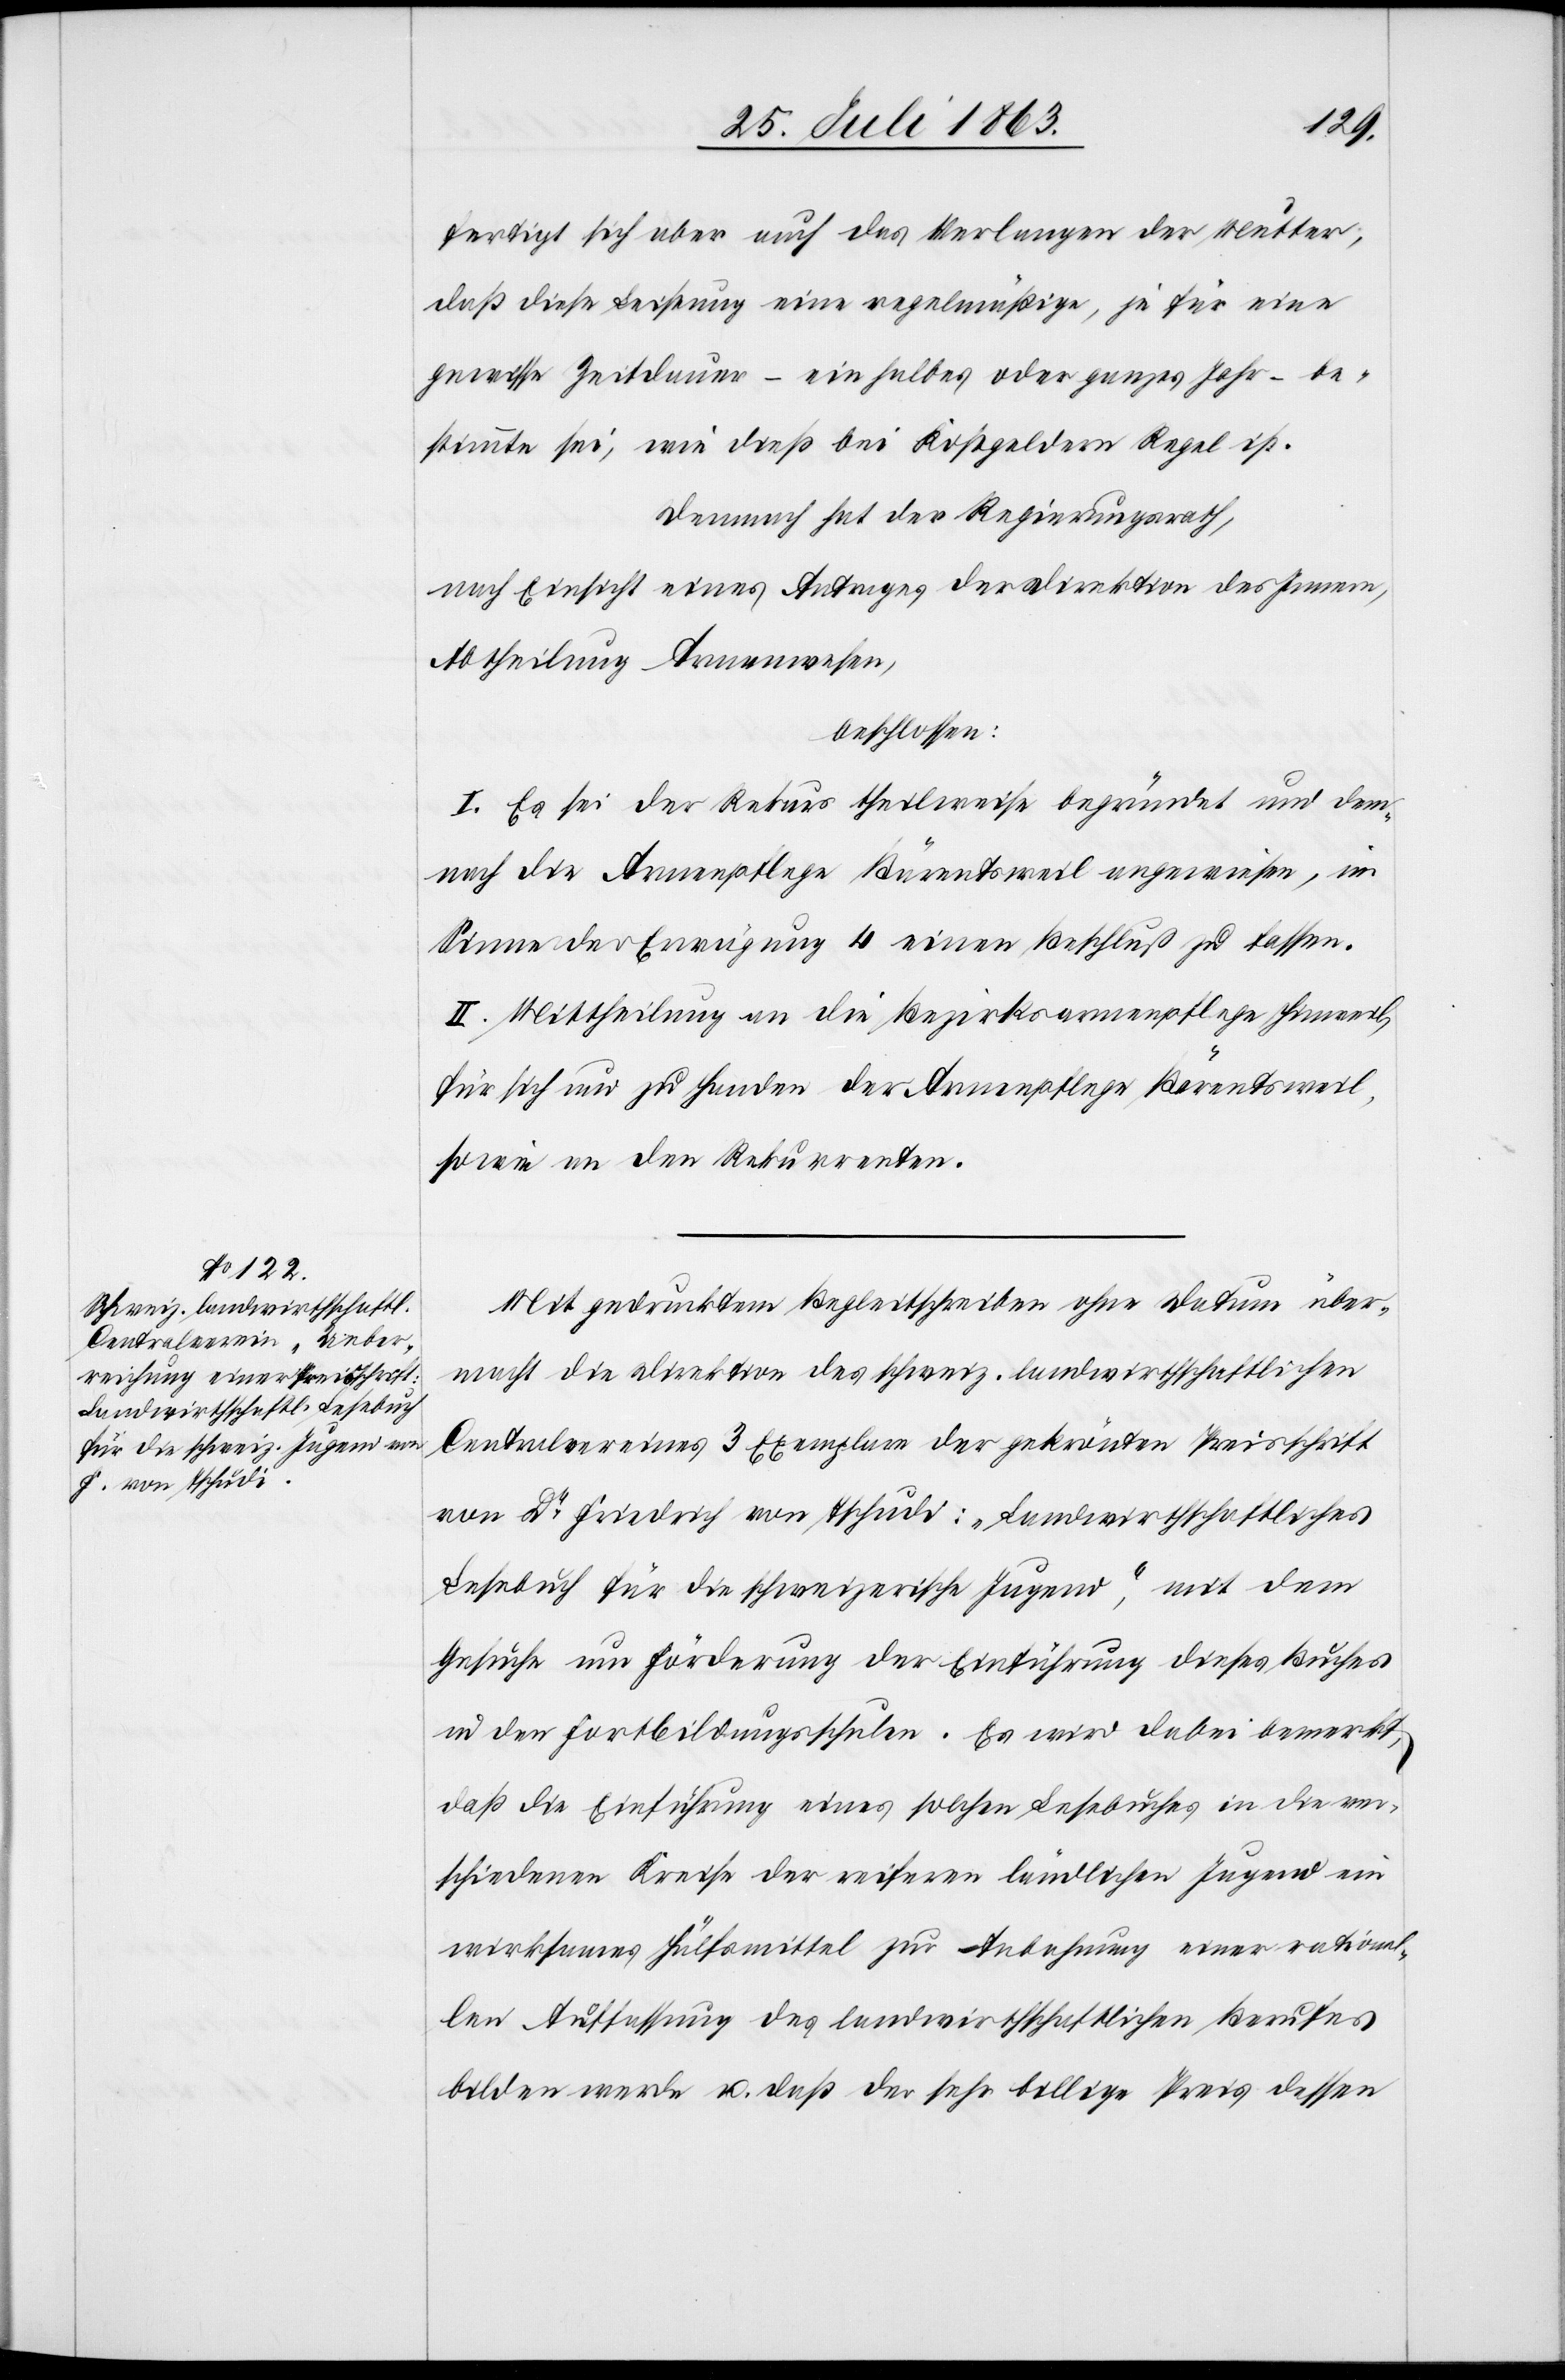
fertigt sich aber auch das Verlangen der Mutter,
daß diese Leistung eine regelmäßige, je für eine
gewisse Zeitdauer – ein halbes oder ganzes Jahr – be¬
stimmte sei, wie dieß bei Kostgeldern Regel ist.
Demnach hat der Regierungsrath,
nach Einsicht eines Antrages der Direktion des Innern,
Abtheilung Armenwesen
beschlossen:
I. Es sei der Rekurs theilweise begründet und dem¬
nach die Armenpflege Bärentsweil angewiesen, im
Sinne der Erwägung 4 einen Beschluß zu fassen.
II. Mittheilung an die Bezirksarmenpflege Hinweil,
für sich und zu Handen der Armenpflege Bärentsweil,
sowie an den Rekurrenten.
Mit gedrucktem Begleitschreiben ohne Datum über¬
macht die Direktion des schweiz. landwirthschaftlichen
Centralvereines 3 Exemplare der gekrönten Preisschrift
von Dr Friedrich von Tschudi: „Landwirthschaftliches
Lesebuch für die schweizerische Jugend“, mit dem
Gesuche um Förderung der Einführung dieses Buches
in den Fortbildungsschulen. Es wird dabei bemerkt,
daß die Einführung eines solchen Lesebuches in die ver¬
schiedenen Kreise der reiferen ländlichen Jugend ein
wirksames Hülfsmittel zur Anbahnung einer rationel¬
len Auffassung des landwirthschaftlichen Berufes
bilden werde u. daß der sehr billige Preis dessen